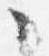
々